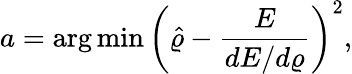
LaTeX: a=\arg\operatorname*{min}\left(\hat{\varrho}-\frac{E}{dE/d\varrho}\right)^{2},